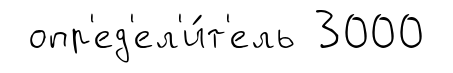
опр'ед'ел'и́т'ель 3000